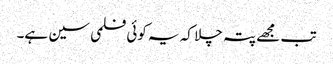
تب مجھے پتہ چلا کہ یہ کوئی فلمی سین ہے۔